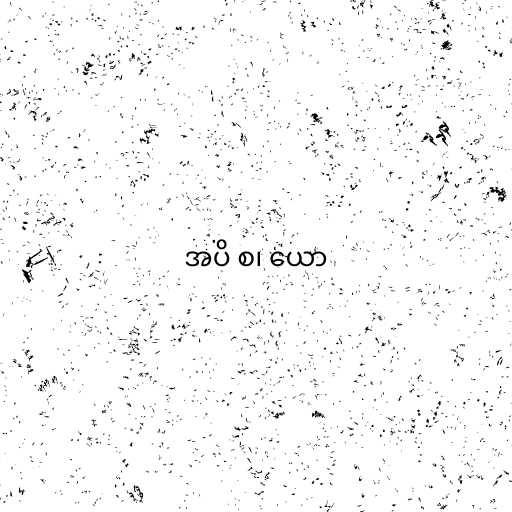
အပိ စ၊ ယော